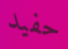
حفيد